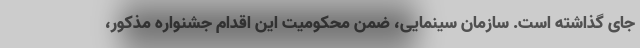
جای گذاشته است. سازمان سینمایی، ضمن محکومیت این اقدام جشنواره مذکور،